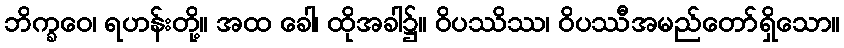
ဘိက္ခဝေ၊ ရဟန်းတို့။ အထ ခေါ၊ ထိုအခါ၌။ ဝိပဿိဿ၊ ဝိပဿီအမည်တော်ရှိသော။